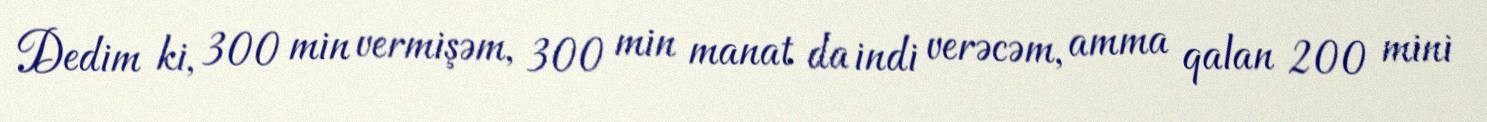
Dedim ki, 300 min vermişəm, 300 min manat da indi verəcəm, amma qalan 200 mini